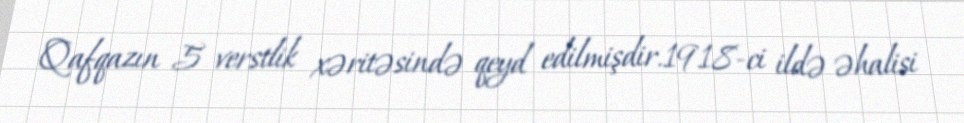
Qafqazın 5 verstlik xəritəsində qeyd edilmişdir.1918-ci ildə əhalisi